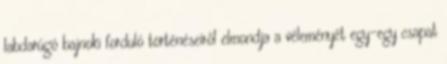
labdarúgó bajnoki forduló történéseiről elmondja a véleményét egy-egy csapat